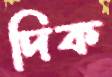
দিক